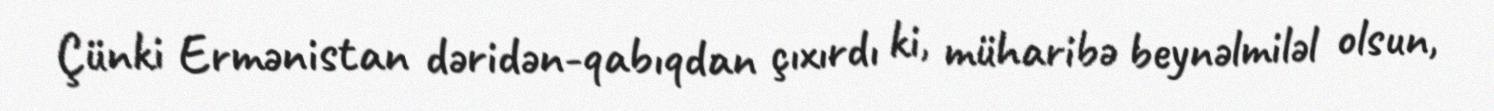
Çünki Ermənistan dəridən-qabıqdan çıxırdı ki, müharibə beynəlmiləl olsun,